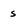
Character: s